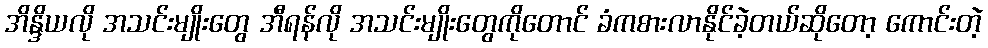
အိန္ဒိယလို အသင်းမျိုးတွေ အီရန်လို အသင်းမျိုးတွေကိုတောင် ခံကစားလာနိုင်ခဲ့တယ်ဆိုတော့ ကောင်းတဲ့